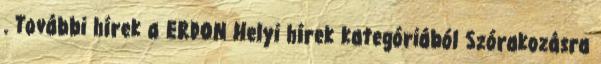
. További hírek a ERDON Helyi hírek kategóriából Szórakozásra